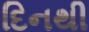
દિનથી